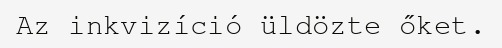
Az inkvizíció üldözte őket.